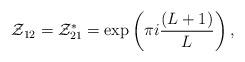
LaTeX: \begin{align*}{\cal Z}_{12} = {\cal Z}_{21}^{*} = \exp \left(\pi i\frac{(L+1)}{L}\right),\end{align*}